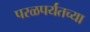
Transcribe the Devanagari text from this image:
परळपर्यंतच्या